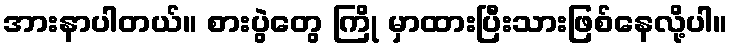
အားနာပါတယ်။ စားပွဲတွေ ကြို မှာထားပြီးသားဖြစ်နေလို့ပါ။